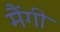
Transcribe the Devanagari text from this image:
मैंगी